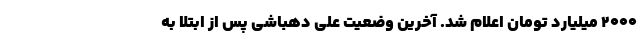
۲۰۰۰ میلیارد تومان اعلام شد. آخرین وضعیت علی ‌دهباشی پس از ابتلا به